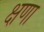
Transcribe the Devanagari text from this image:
क्षणा